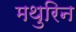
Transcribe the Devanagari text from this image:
मथुरिन